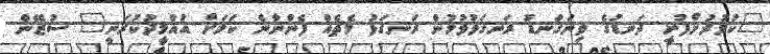
"ކުޅުދުށްފުށީ ދަނޑުގެ ވިނަގަނޑު ރަނގަޅުވުމުން ރަނގަޅު މެޗެއް ފެންނާނެ ކަމަށް އުއްމީދުކުރަނީ" ސުޒޭން